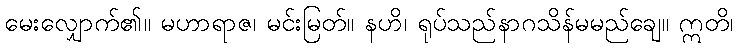
မေးလျှောက်၏။ မဟာရာဇ၊ မင်းမြတ်။ နဟိ၊ ရုပ်သည်နာဂသိန်မမည်ချေ။ ဣတိ၊